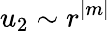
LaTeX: u_{2}\sim r^{|m|}